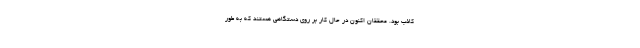
کاذب بود. محققان اکنون در حال کار بر روی دستگاهی هستند که به طور